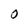
Character: 0